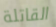
القاتلة